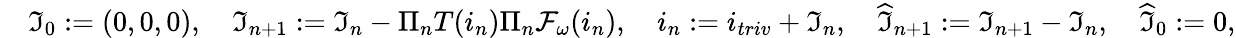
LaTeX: \begin{array}{rl}&{\mathfrak{I}_{0}:=(0,0,0),\quad\mathfrak{I}_{n+1}:=\mathfrak{I}_{n}-\Pi_{n}T(i_{n})\Pi_{n}\mathcal{F}_{\omega}(i_{n}),\quad i_{n}:=i_{triv}+\mathfrak{I}_{n},\quad\widehat{\mathfrak{I}}_{n+1}:=\mathfrak{I}_{n+1}-\mathfrak{I}_{n},\quad\widehat{\mathfrak{I}}_{0}:=0,}\end{array}